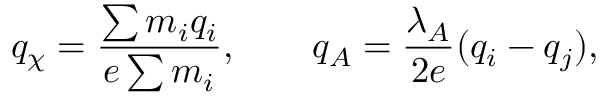
q _ { \chi } = \frac { \sum m _ { i } q _ { i } } { e \sum m _ { i } } , \qquad q _ { A } = \frac { \lambda _ { A } } { 2 e } ( q _ { i } - q _ { j } ) ,